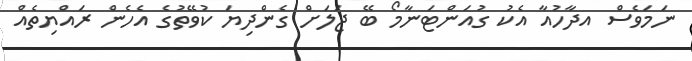
ނަމަވެސް އދާހުއާ އެކު ގުއަންޓަނާމޯ ބޭ ޖަލަށް ގެންދިޔަ ކުވޭތުގެ އެހެން ރައްޔިތެއް